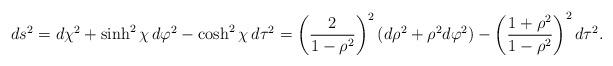
LaTeX: \begin{align*}ds^2 = d\chi^2 + \sinh^2\chi \, d\varphi^2 - \cosh^2\chi \, d\tau^2 =\left({2 \over 1- \rho^2}\right)^2 (d\rho^2 + \rho^2 d\varphi^2) -\left( {1 + \rho^2 \over 1 - \rho^2} \right)^2 d\tau^2.\end{align*}